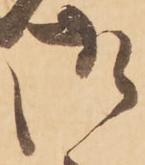
御